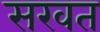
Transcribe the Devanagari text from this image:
सखत